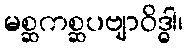
မစ္ဆကစ္ဆပဗျာဝိဒ္ဓါ၊